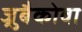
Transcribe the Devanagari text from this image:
ज्रुबैकोवा